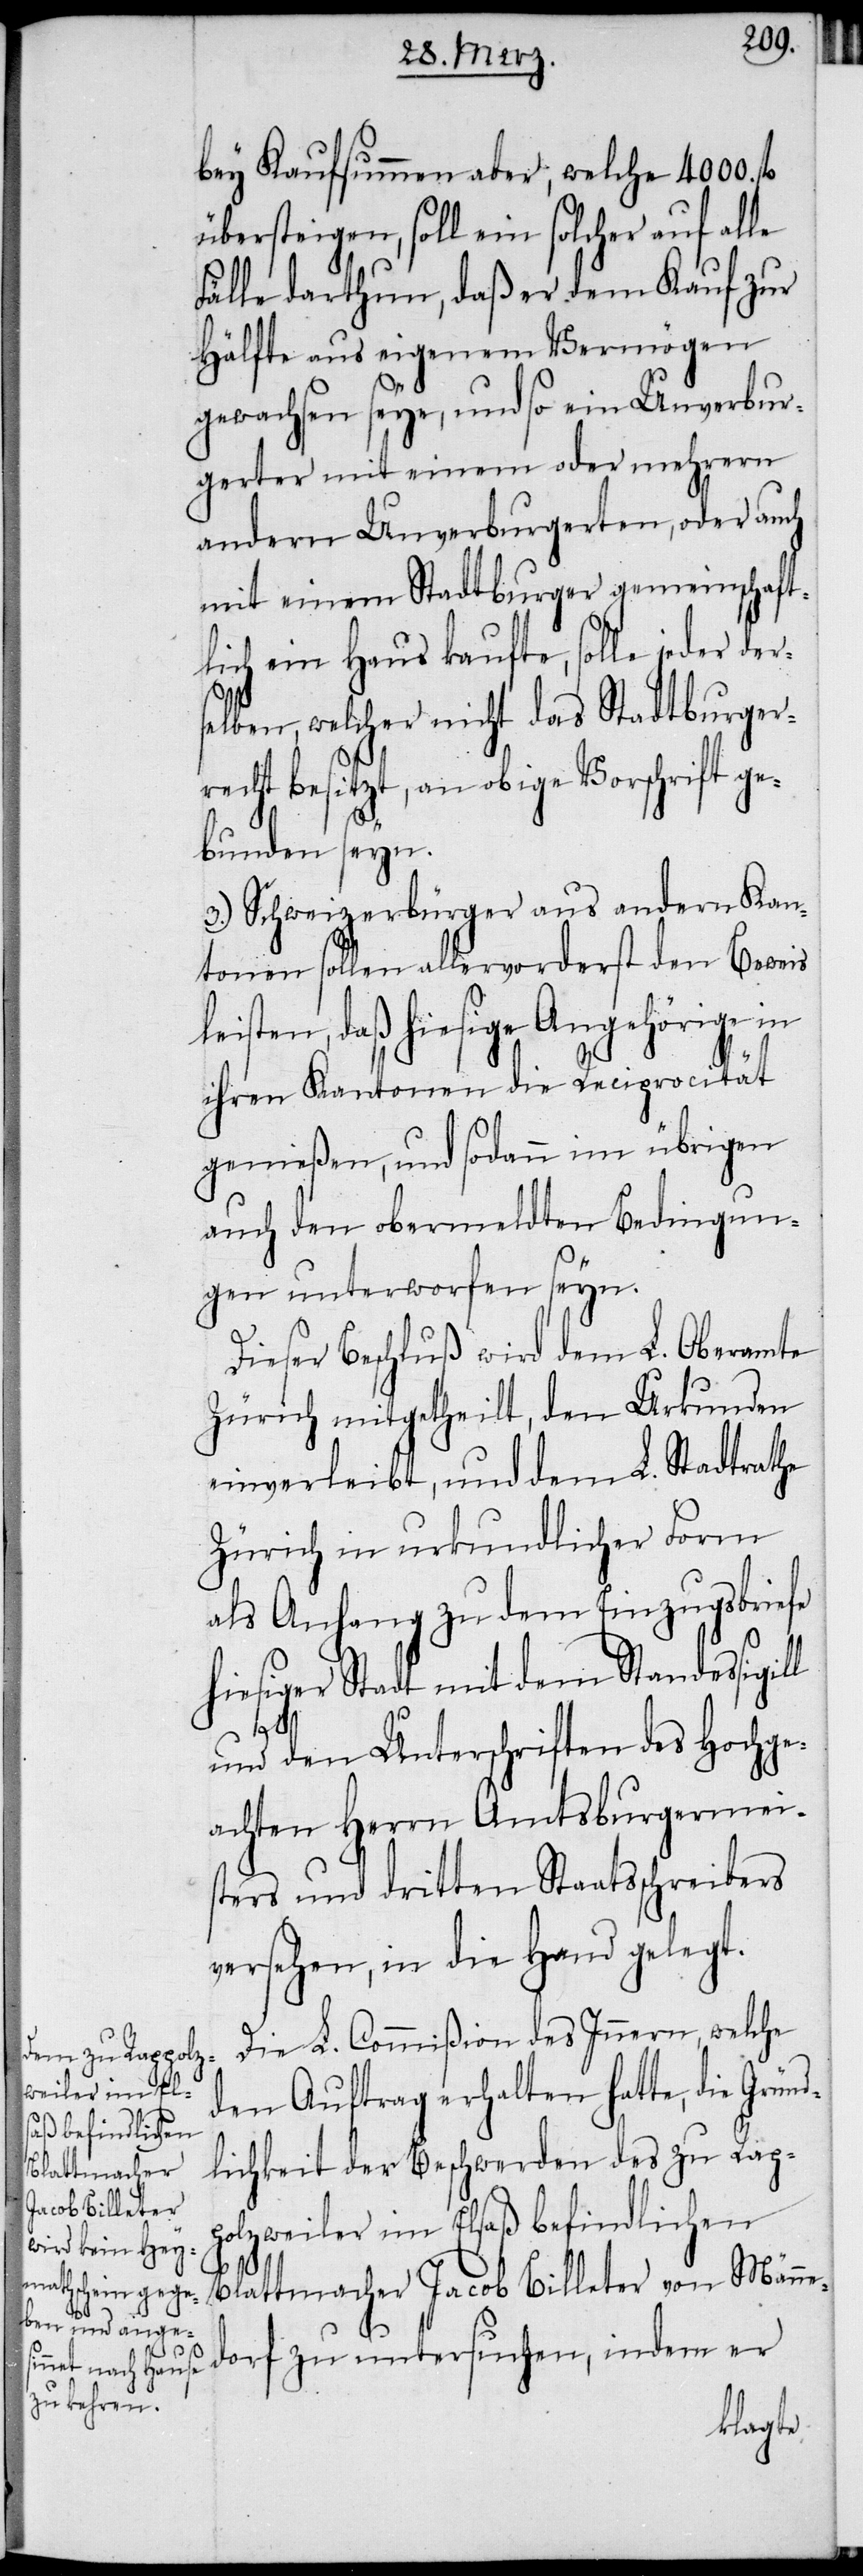
bey Kaufsummen aber, welche 4000.
übersteigen, soll ein solcher auf alle
Fälle darthun, daß er dem Kauf zur
Hälfte aus eigenem Vermögen
gewachsen seye, und so ein Unverbur¬
gerter mit einem oder mehrern
andern Unverburgerten, oder auch
mit einem Stadtburger gemeinschaft¬
lich ein Haus kaufte, solle jeder der¬
selben, welcher nicht das Stadtburger¬
recht besitzt, an obige Vorschrift ge¬
bunden seyn.
3.) Schweizerbürger aus andern Kan¬
tonen sollen allervorderst den Beweis
leisten, daß hiesige Angehörige in
ihren Kantonen die Reciprocität
genießen, und sodann im übrigen
auch den obermeldten Bedingun¬
gen unterworfen seyn.
Dieser Beschluß wird dem L. Oberamte
Zürich mitgetheilt, den Urkunden
einverleibt, und dem L. Stadtrathe
Zürich in urkundlicher Form
als Anhang zu dem Einzugsbriefe
hiesiger Stadt mit dem Standessigil¬
l
und den Unterschriften des Hochge¬
achten Herrn Amtsburgermei¬
sters und dritten Staatsschreibers
versehen, in die Hand gelegt.
Die L. Commißion des Innern, welche
den Auftrag erhalten hatte, die Gründ¬
lichkeit der Beschwerden des zu Rap¬
polzweiler im Elsaß befindlichen
Blattmacher Jacob Billeter von Männe¬
dorf zu untersuchen, indem er